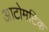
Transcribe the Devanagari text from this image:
आटोमटिक